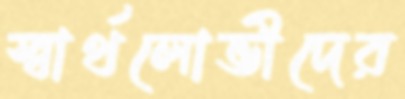
স্বার্থলোভীদের